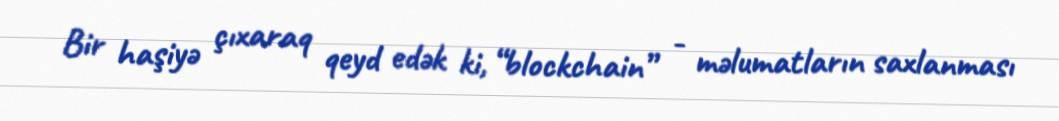
Bir haşiyə çıxaraq qeyd edək ki, “blockchain” - məlumatların saxlanması